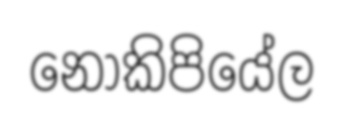
නොකිපියේල